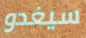
سيغدو